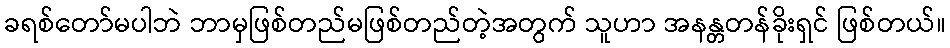
ခရစ်တော်မပါဘဲ ဘာမှဖြစ်တည်မဖြစ်တည်တဲ့အတွက် သူဟာ အနန္တတန်ခိုးရှင် ဖြစ်တယ်။